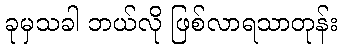
ခုမှသခါ ဘယ်လို ဖြစ်လာရသာတုန်း